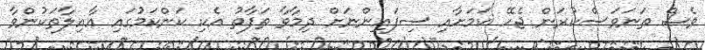
ވެސް ތަނަވަސްކުރަން ޖެހޭ ކަމަށާއި ސިފައިންނަށް ދިމާވާ ތަފާތު އެކި ކަންކަމުގައި އާއިލާތަކުންވާ